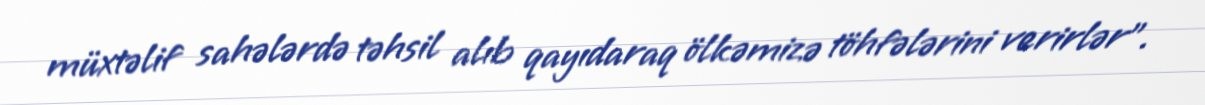
müxtəlif sahələrdə təhsil alıb qayıdaraq ölkəmizə töhfələrini verirlər”.